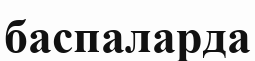
баспаларда